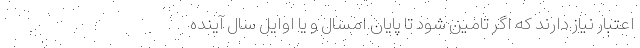
اعتبار نیاز دارند که اگر تامین شود تا پایان امسال و یا اوایل سال آینده